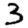
Digit: 3